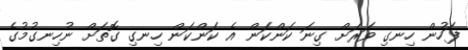
ފަހުން ހިނގި ވަރަށް ގިނަ ކަންކަން އެ ކަންކަން ހިނގި ގޮތަށް ނުހިނގުމުގެ